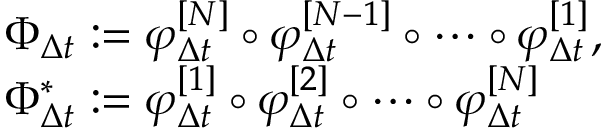
\begin{array} { r l } & { \Phi _ { \Delta { t } } : = \varphi _ { \Delta { t } } ^ { [ N ] } \circ \varphi _ { \Delta { t } } ^ { [ N - 1 ] } \circ \cdots \circ \varphi _ { \Delta { t } } ^ { [ 1 ] } , } \\ & { \Phi _ { \Delta { t } } ^ { \ast } : = \varphi _ { \Delta { t } } ^ { [ 1 ] } \circ \varphi _ { \Delta { t } } ^ { [ 2 ] } \circ \cdots \circ \varphi _ { \Delta { t } } ^ { [ N ] } } \end{array}